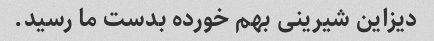
دیزاین شیرینی بهم خورده بدست ما رسید.